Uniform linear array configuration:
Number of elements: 16
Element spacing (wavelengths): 0.25
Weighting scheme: uniform
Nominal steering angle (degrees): -60
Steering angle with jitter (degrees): -60.06
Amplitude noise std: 0.05
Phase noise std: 0.05

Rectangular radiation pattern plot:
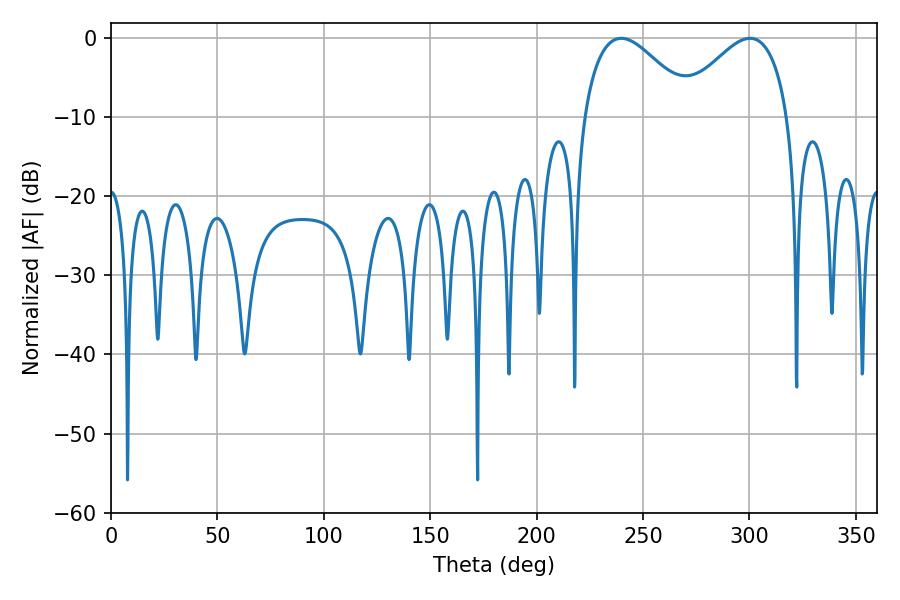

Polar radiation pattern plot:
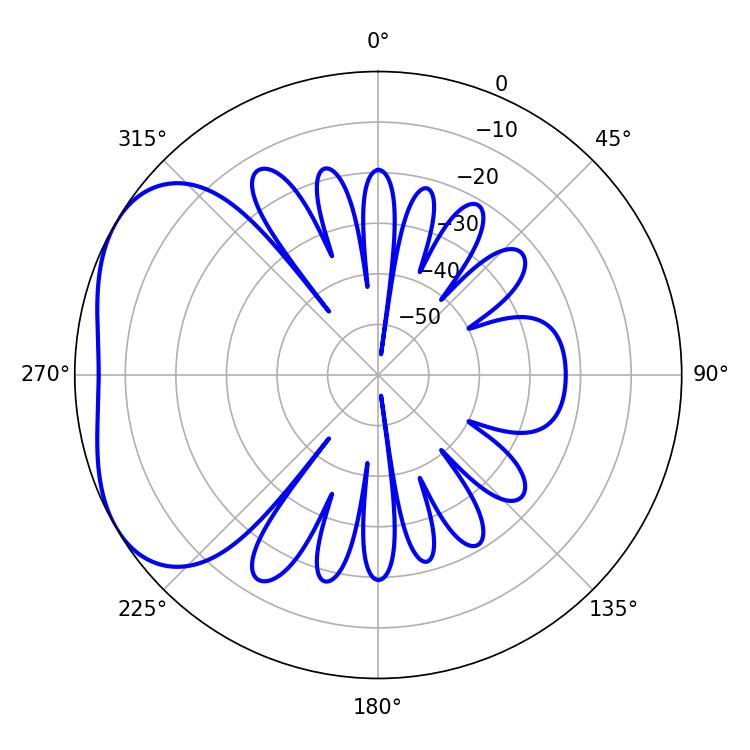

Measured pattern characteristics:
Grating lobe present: FALSE
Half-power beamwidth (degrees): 28.08
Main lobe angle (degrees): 239.76